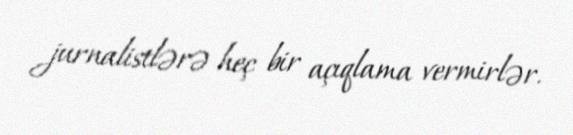
jurnalistlərə heç bir açıqlama vermirlər.